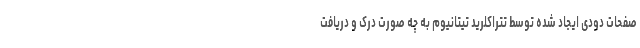
صفحات دودی ایجاد شده توسط تتراکلرید تیتانیوم به چه صورت درک و دریافت